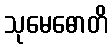
သုမေဓောတိ